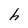
Character: h